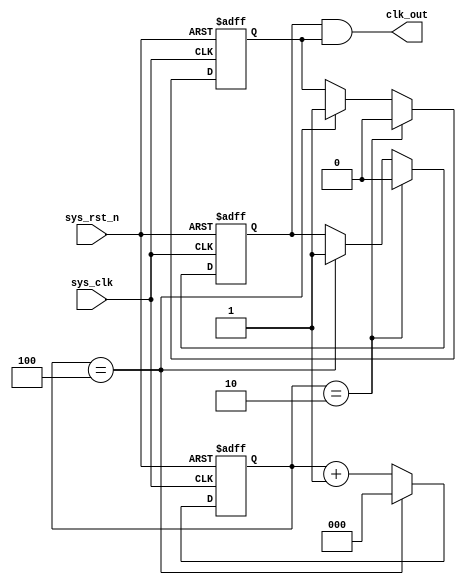
module divider_five
#(
    parameter   DID = 3'd5

)
(
    input   wire    sys_clk     ,
    input   wire    sys_rst_n   ,

    output  wire    clk_out  
    // output  reg     clk_flag

);
reg [2:0]   cnt ;
reg         clk1;
reg         clk2;

always@(posedge sys_clk or negedge sys_rst_n)
    if(sys_rst_n == 1'b0)
        cnt <= 3'b0;
    else if(cnt == DID - 1)
        cnt <= 3'b0;
    else
        cnt <= cnt + 1'b1;

//1.      
always@(posedge sys_clk or negedge sys_rst_n)
    if(sys_rst_n == 1'b0)
        clk1 <= 1'b1;
    else if(cnt == DID / 2)
        clk1 <= 1'b0;
    else if(cnt == DID - 1)
        clk1 <= 1'b1;

 
always@(negedge sys_clk or negedge sys_rst_n)
    if(sys_rst_n == 1'b0)
        clk2 <= 1'b1;
    else if(cnt == DID / 2)
        clk2 <= 1'b0;
    else if(cnt == DID - 1)
        clk2 <= 1'b1; 
assign clk_out = (clk1 & clk2);

//2.

/* always@(posedge sys_clk or negedge sys_rst_n)
    if(sys_rst_n == 1'b0)
        clk_flag <= 1'b0;
    else if(cnt == 3'd3)
        clk_flag <= 1'b1;
    else
        clk_flag <= 1'b0; */

endmodule